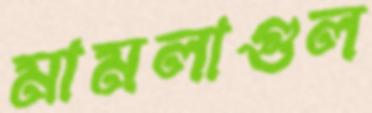
মামলাগুল